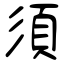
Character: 須